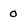
Character: 0